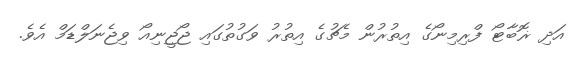
އަދި ޜޮބާޓޯ ފްރިމިނޯގެ އިތުރުން މެޗުގެ އިތުރު ވަގުތުގައި ޖޯޖީނިއޯ ވިޖެނަލްޑަމް އެވެ.